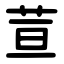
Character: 荁